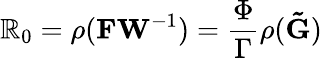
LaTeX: \mathbb{R}_{0}=\rho(\mathbf{{FW}}^{-1})=\frac{{\Phi}}{{\Gamma}}\rho(\mathbf{{\tilde{{G}}}})